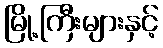
မြို့ကြီးများနှင့်